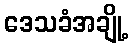
ဒေသခံအချို့